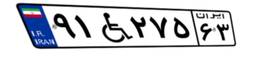
۹۱W۲۷۵۶۳